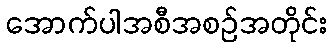
အောက်ပါအစီအစဉ်အတိုင်း